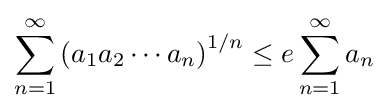
\sum _{n=1}^{\infty }\left(a_{1}a_{2}\cdots a_{n}\right)^{1/n}\leq e\sum _{n=1}^{\infty }a_{n}